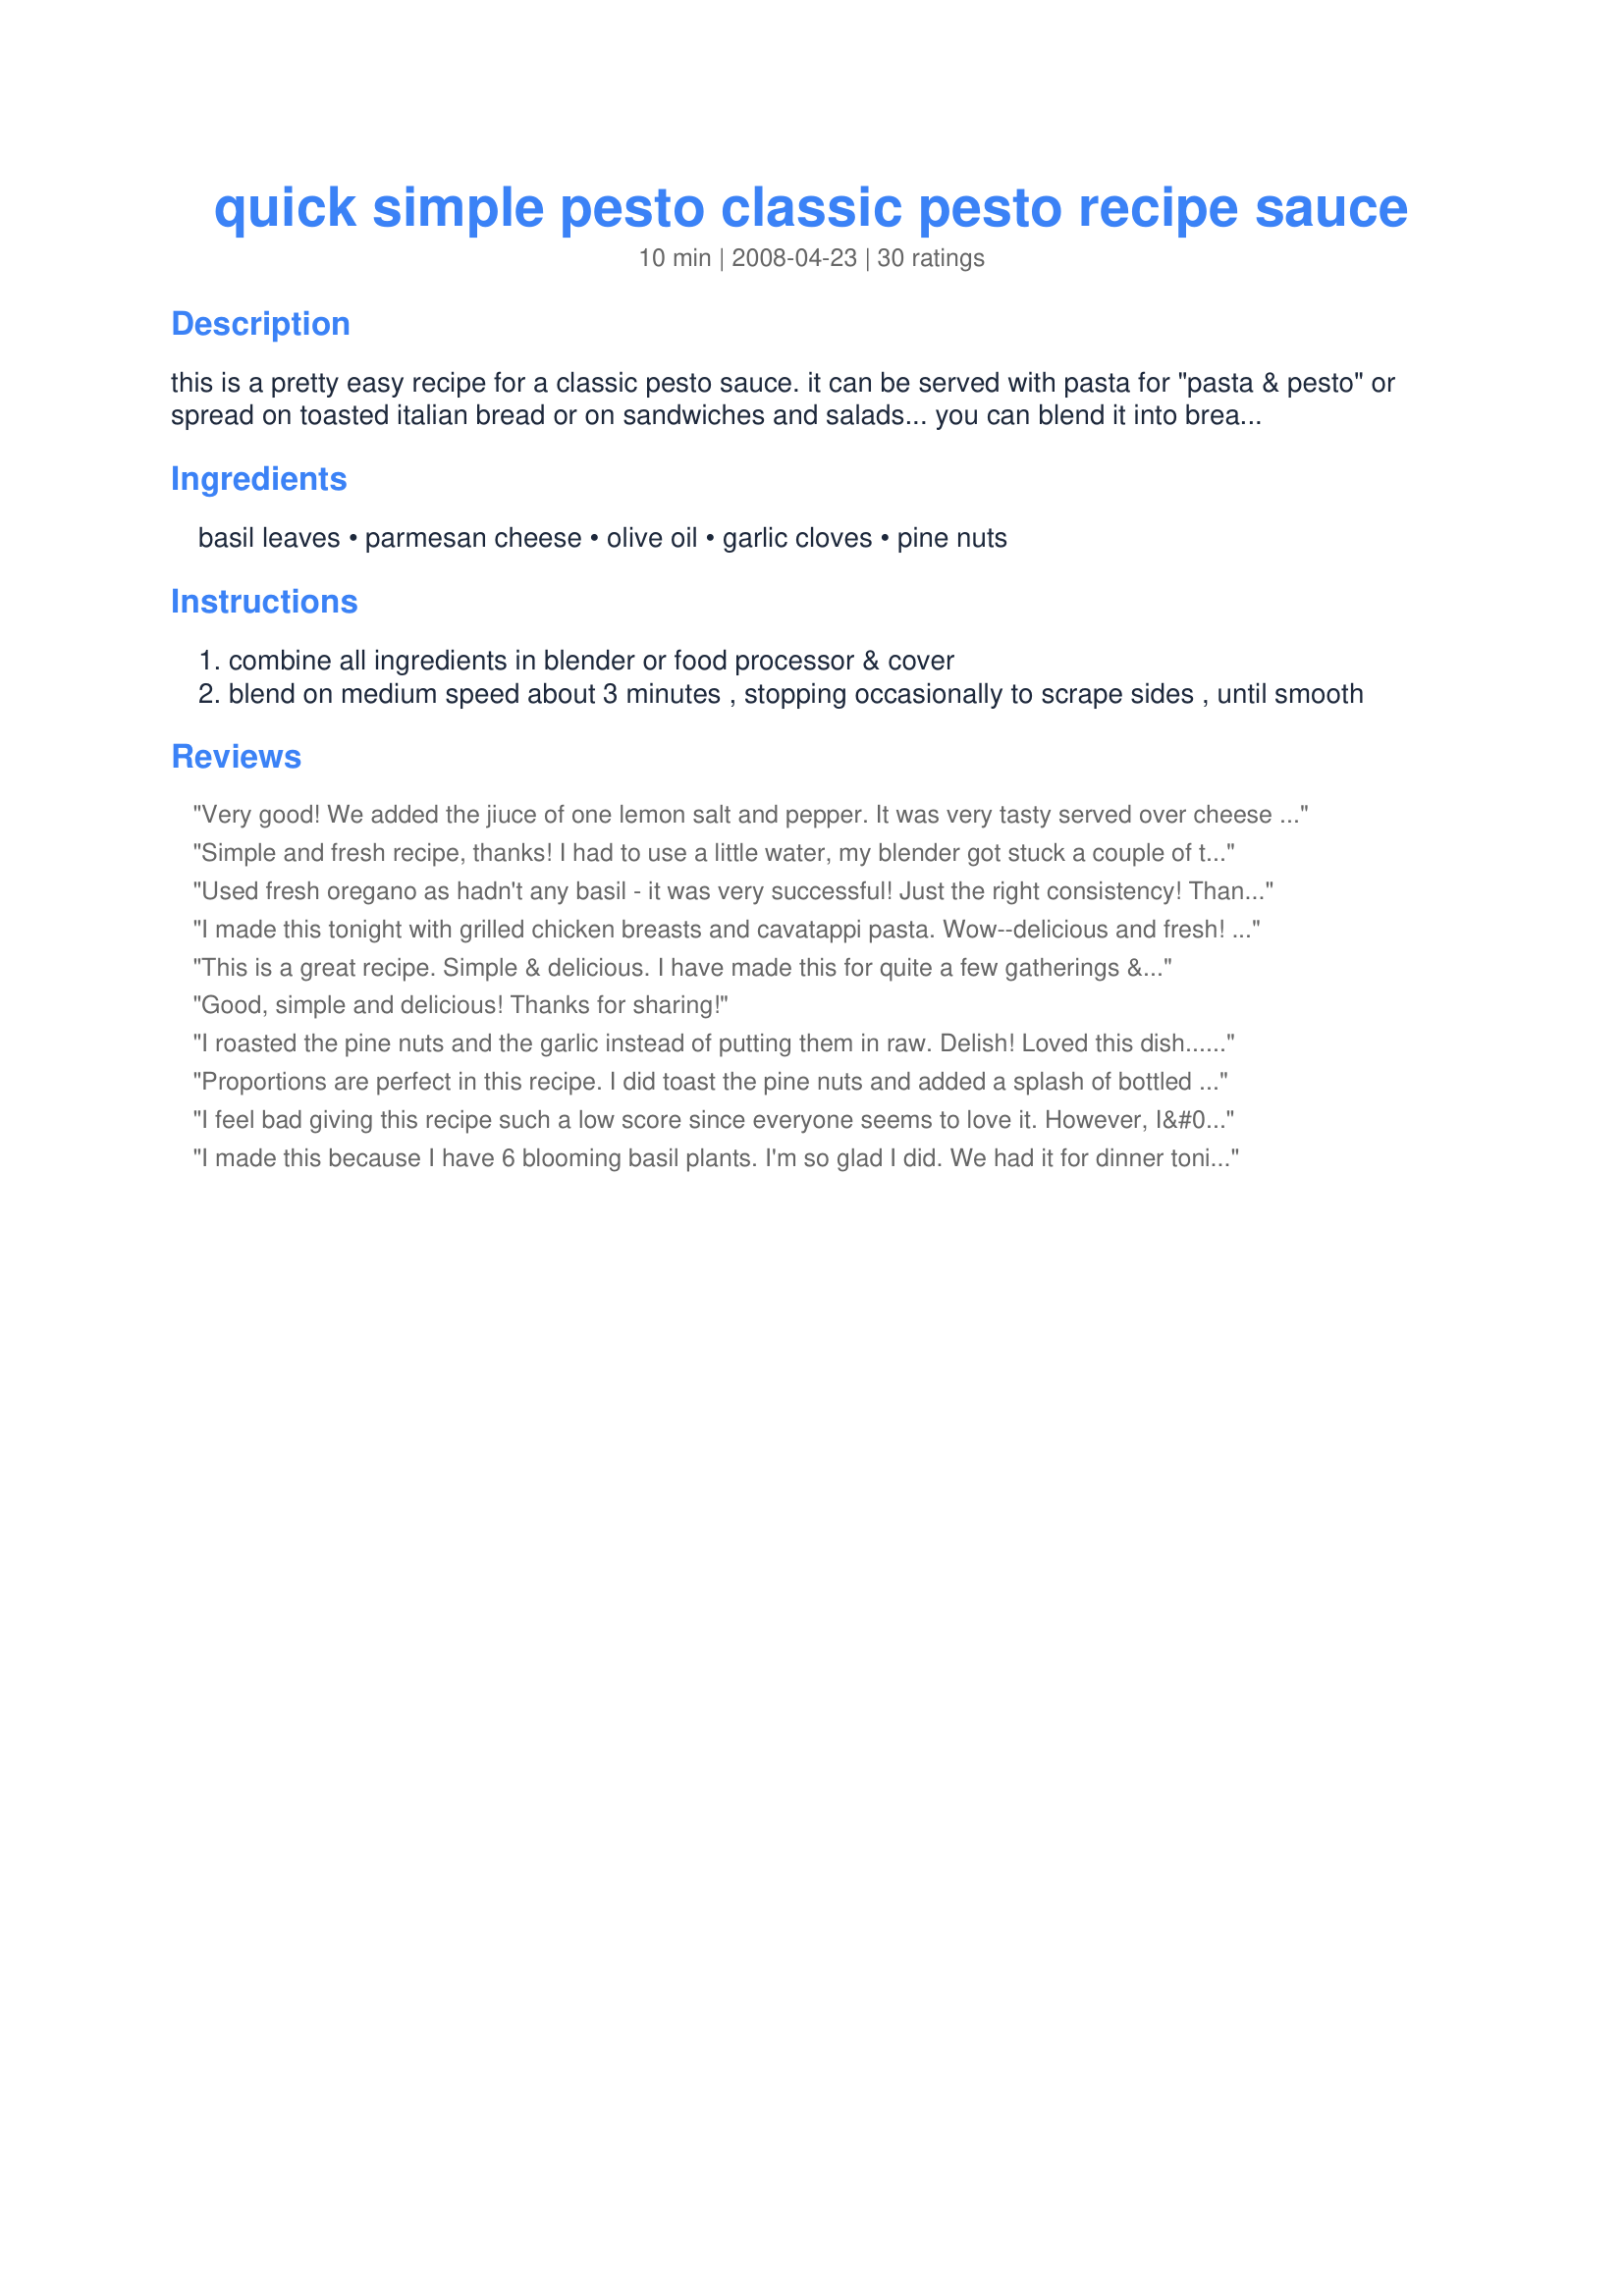
quick simple pesto classic pesto recipe sauce
Preparation time: 10 minutes

this is a pretty easy recipe for a classic pesto sauce. it can be served with pasta for "pasta & pesto" or spread on toasted italian bread or on sandwiches and salads... you can blend it into bread or muffin mix. you can make pesto pizza. you can even add heavy cream if you desire a "creamy pesto sauce". the key is to use only fresh basil.
note: pine nuts are aka pignoli nuts

Ingredients:
basil leaves, parmesan cheese, olive oil, garlic cloves, pine nuts

Steps:
combine all ingredients in blender or food processor & cover
blend on medium speed about 3 minutes , stopping occasionally to scrape sides , until smooth

Reviews:
Very good! We added the jiuce of one lemon salt and pepper. It was very tasty served over cheese tortellini!
Simple and fresh recipe, thanks! I had to use a little water, my blender got stuck a couple of times. Overall a keeper though.
Used fresh oregano as hadn't any basil - it was very successful! Just the right consistency! Thanks so much for a very useful recipe
I made this tonight with grilled chicken breasts and cavatappi pasta. Wow--delicious and fresh! I have already shared it with my best friend---I added a very little lemon juice and black pepper to suit out tastes. It was outstanding! Thanks so much for sharing this delicious recipe.
This is a great recipe. Simple & delicious. I have made this for quite a few gatherings & had to pass out the recipe almost every time. I now have to snub my nose at prepackaged pestos. Its just not the same. Thank you so much.
Good, simple and delicious! Thanks for sharing!
I roasted the pine nuts and the garlic instead of putting them in raw. Delish! Loved this dish...Oh, and I added a little lemon, salt and pepper. Sprinkled some roasted pine nuts, basil ribbons and parm cheese on top. Beautiful and easy delish dish
Proportions are perfect in this recipe. I did toast the pine nuts and added a splash of bottled lemon juice, it was perfect for us.
I feel bad giving this recipe such a low score since everyone seems to love it. However, I&#039;ve made this recipe twice now and it just doesn&#039;t do it for us. I expected it to be better then the pre-package pesto sauces and it wasn&#039;t. Overall, I felt that the flavor was very mild. Even after adding oregano, salt, parsley, and pepper.
I made this because I have 6 blooming basil plants. I'm so glad I did. We had it for dinner tonight on bowtie pasta with pine nuts, olive oil, & parm cheese. Delicious! Makes enough to share with 3 grateful friends!
the pesto was a little salty from the cheese, but nothing you cant fix, otherwise very good
Can't believe I forgot to rate this. Super easy...and extremely tasty...Have made it several times this summer due to bumper crop of basil...Try this one...you will love it!! Thanks for posting...
So far I haven't met a pesto I didn't like, and this one is no exception. I went ahead and toasted the nuts, but followed the recipe exactly. I used it to make Recipe #136368 with excellent results. Thank you.
This is very good! Thank you.
haven't made this recipe yet just had to jump in and say you really need to toast the pine nuts it adds to the flavor believe me remember to layer your flavors people
Good but a bit too runny for me-- I added 1/4 c. less olive oil and 1/4 cup more parmesean. Also extremely garlic-y as it is-- I love garlic so I made the mistake of adding an extra clove-- dont do it!
I am trying "container herb gardening" because I have a black thumb and kill everything I try to grow. However, I have a knack for the contaners. Anywho, I have huge basil plans that my husband said I needed to do something with. So I made this pesto (doubled). It is excellent. I too toasted the nuts and added a squirt of lemon (fresh). I froze the extra for another day. Thank you for posting!!!
Very good. For some reason, I can't find pine nuts at my local stores. Raw almonds worked very well. With whatever nuts, delicious recipe.
excellent...even if used less olive oil & subsituted pine nuts with almonds (coz my husband is allergic to pine nuts). thank you. the measurements are very easy to remember, too :)
This is so good! I had all the ingredients in the house and tossed it with some pasta. I ate mine hot, and I set some aside for my husband and made it into a cold pasta salad. Both were great. FYI... 2 cups of 'firmly packed' basil is more than you think. If you don't have basil overflowing in your garden already... buy a plant, not a 'package' of basil of you'll never have enough.
Quick and easy! And beautifully green! I used walnuts because that's what I had and it turned out great! Thanks! Reviewed for Healthy Choices ABC tag game.
Used toasted walnuts instead of pine nuts and it was wonderful. I hope it freezes well because I have a ton of fresh basil in my garden!
So easy, I love it! I thought the straight pesto needed salt, so I added about some olives as well as sundried tomatoes. It came out amazing. Thanks for posting this!
Excellent. Did not toast pine nuts. I could eat this alone with no bread or pasta it is that good! I plan to use this often but will try a little less oil to cut calories.
yum!
5 stars added this sauce to chicken breasts and straight into the oven....delicious
Super easy and so good! I made three batches since I had a lot of basil. I used cashews in place of the pine nuts. The second and third batches came out better than the first. The last two I really packed the basil into the 1 cup measure and had it heaping and used a light 3/4 cups of the oil and it came out perfectly. I also added a splash of lemon juice. We had it on spaghetti tonight for dinner and dh spread it on his garlic buttered toast (from bread we also just made fresh so it was a great meal!)
Beautifully simple, exactly what I needed for A) tonight's potluck, and B) something to do with all that basil I'm growing.
Easy to follow, and makes more then enough for one dinner. I made this in my blender, did not toast the pine nuts, added the juice of one lemon and some lemon zest, a touch of salt, served over cheese tortellini, family loved their dinner.
Love this recipe in which you don't have to toast the nuts. I added a bit of lemon juice and some salt to bring out the flavours though.
